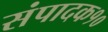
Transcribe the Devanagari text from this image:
संपादक१०